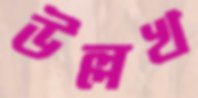
উল্লখ